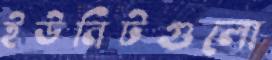
ইউনিটগুলো